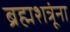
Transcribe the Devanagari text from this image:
ब्रह्मशत्रूंना